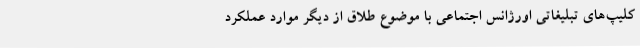
کلیپ‌های تبلیغاتی اورژانس اجتماعی با موضوع طلاق از دیگر موارد عملکرد